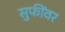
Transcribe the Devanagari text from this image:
सुफींवर